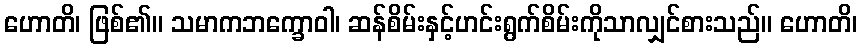
ဟောတိ၊ ဖြစ်၏။ သမာကဘက္ခောဝါ၊ ဆန်စိမ်းနှင့်ဟင်းရွက်စိမ်းကိုသာလျှင်စားသည်။ ဟောတိ၊